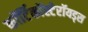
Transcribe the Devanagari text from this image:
कॉर्टिकॉस्टेरॉयड्स